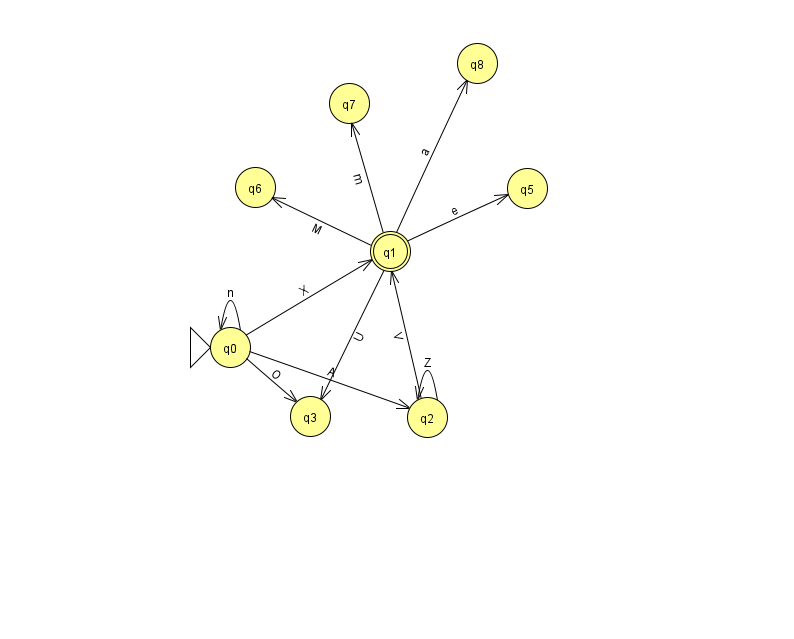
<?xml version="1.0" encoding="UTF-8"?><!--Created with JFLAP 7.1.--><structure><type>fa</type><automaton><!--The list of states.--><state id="0" name="q0"><x>230.0</x><y>334.0</y><initial/></state><state id="1" name="q1"><x>390.0</x><y>238.0</y><final/></state><state id="2" name="q2"><x>427.0</x><y>404.0</y></state><state id="3" name="q3"><x>310.0</x><y>403.0</y></state><state id="5" name="q5"><x>527.0</x><y>175.0</y></state><state id="6" name="q6"><x>255.0</x><y>174.0</y></state><state id="7" name="q7"><x>349.0</x><y>90.0</y></state><state id="8" name="q8"><x>477.0</x><y>50.0</y></state><!--The list of transitions.--><transition><from>0</from><to>2</to><read>A</read></transition><transition><from>2</from><to>1</to><read>V</read></transition><transition><from>1</from><to>3</to><read>U</read></transition><transition><from>1</from><to>7</to><read>m</read></transition><transition><from>1</from><to>5</to><read>e</read></transition><transition><from>0</from><to>3</to><read>O</read></transition><transition><from>1</from><to>8</to><read>a</read></transition><transition><from>2</from><to>2</to><read>Z</read></transition><transition><from>0</from><to>0</to><read>n</read></transition><transition><from>0</from><to>1</to><read>X</read></transition><transition><from>1</from><to>6</to><read>M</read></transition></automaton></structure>